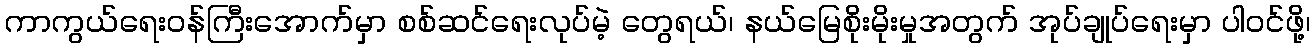
ကာကွယ်ရေးဝန်ကြီးအောက်မှာ စစ်ဆင်ရေးလုပ်မဲ့ တွေရယ်၊ နယ်မြေစိုးမိုးမှုအတွက် အုပ်ချုပ်ရေးမှာ ပါဝင်ဖို့၊